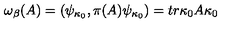
\omega _ { \beta } ( A ) = \left( \psi _ { \kappa _ { 0 } } , \pi ( A ) \psi _ { \kappa _ { 0 } } \right) = t r \kappa _ { 0 } A \kappa _ { 0 }